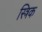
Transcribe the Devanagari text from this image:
स्त्रिक